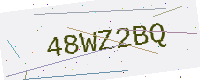
Text: 48WZ2BQ